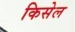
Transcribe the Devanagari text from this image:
किसेल